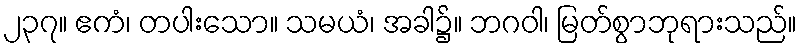
၂၃၇။ ဧကံ၊ တပါးသော။ သမယံ၊ အခါ၌။ ဘဂဝါ၊ မြတ်စွာဘုရားသည်။